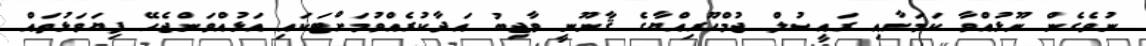
ނުވެގެން ނޫޅުއްވާ ކަމަށާއި ރައީސުލް ޖުމްހޫރިއްޔާގެ ޤާނޫނީ ވާޖިބު އަދާކުރެއްވުމަށްޓަކައި އަޅުއްވަންޖެހޭ ފިޔަވަޅުތައް